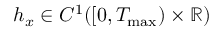
h _ { x } \in C ^ { 1 } ( [ 0 , T _ { \operatorname* { m a x } } ) \times \mathbb R )